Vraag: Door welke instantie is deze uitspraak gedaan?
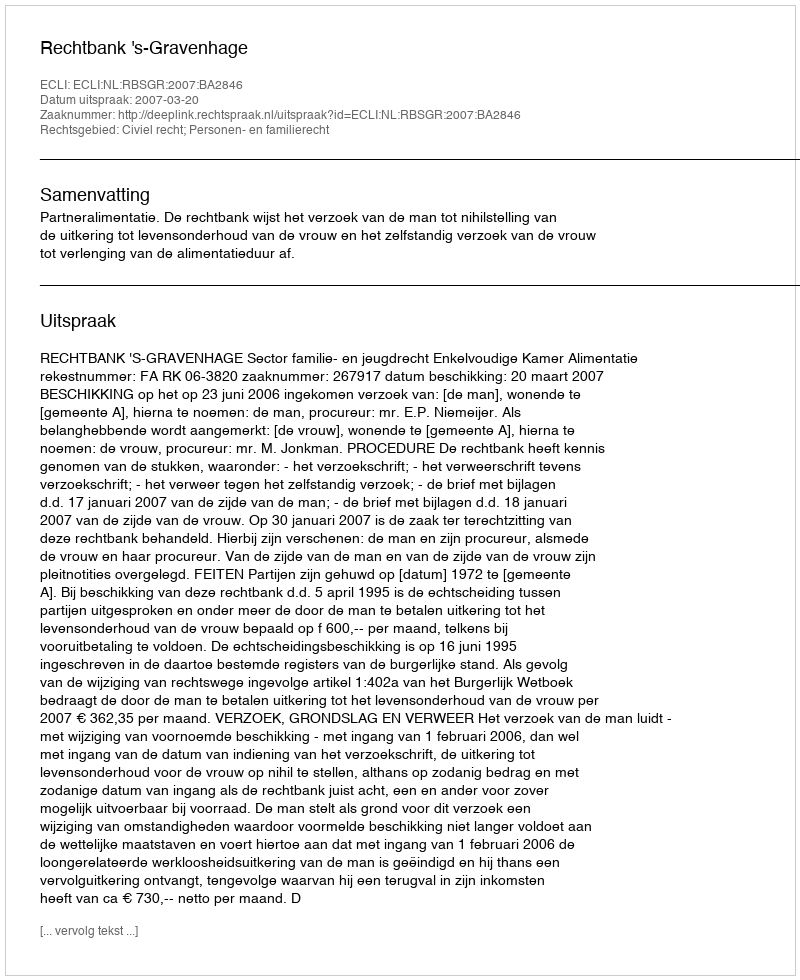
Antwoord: Rechtbank 's-Gravenhage